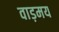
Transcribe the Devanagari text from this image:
वाड़मय